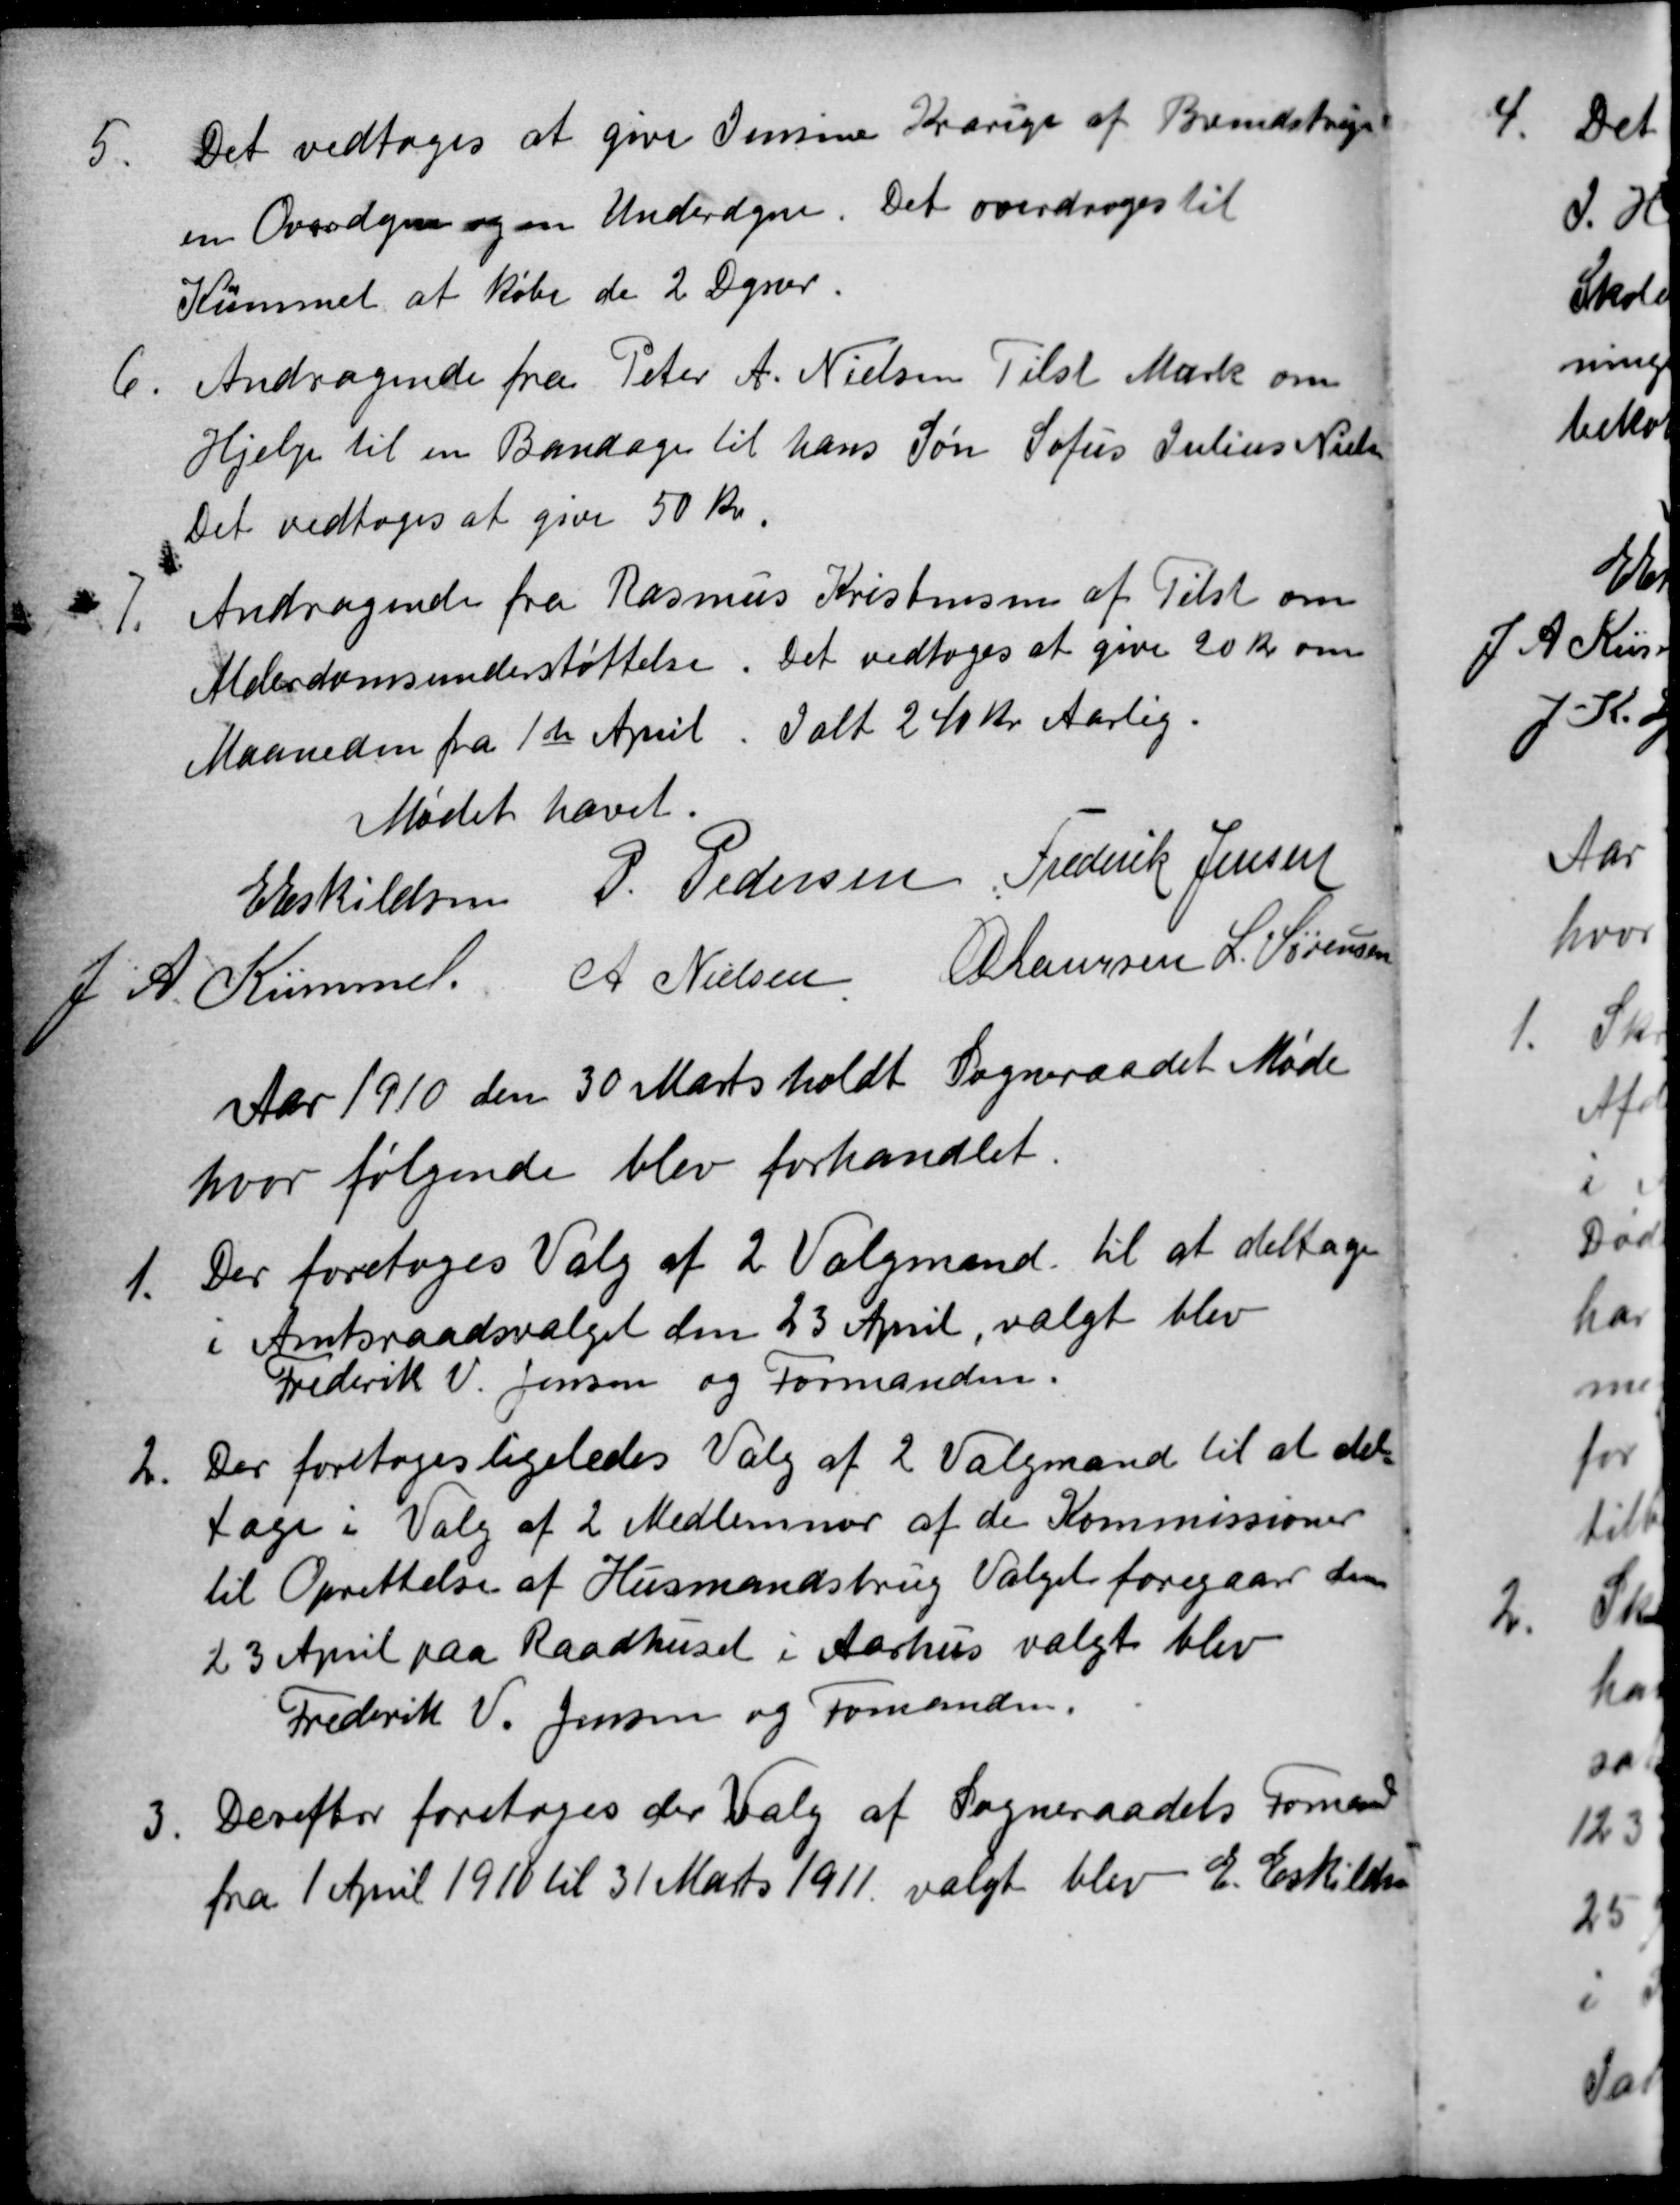
Transskription:
5
Det vedtoges at give Jensine Krarup af Brendstrup
en Overdyne og en Underdyne. Det overdroges til
Kümmel at købe de 2 Dyner.
6
Andragende fra Peter A. Nielsen Tilst Mark om
Hjelp til en Bandage til hans Søn Sofus Julius Nielsen
Det vedtoges at give 50 Kr.
7.
Andragende fra Rasmus Kristensen af Tilst om
Alderdomsunderstøttelse. Det vedtoges at give 20 Kr om
Maaneden fra 1ste April. Ialt 240 kr. Aarlig.
Mødet hævet.
E Eskildsen P. Pedersen Frederik Jensen
J. A. Kümmel. A Nielsen A Laursen L. Sørensen
Aar 1910 den 30 Marts holdt Sogneraadet Møde
hvor følgende blev forhandlet.
1.
Der foretoges Valg af 2 Valgmænd til at deltage
i Amtsraadsvalget den 23 April, valgt blev
Frederik V. Jensen og Formanden.
2
Der foretoges ligeledes Valg af 2 Valgmænd til at del-
tage i Valg af 2 Medlemmer af de Kommissioner
til Oprettelse af Husmandsbrug Valget foregaar den
23 April paa Raadhuset i Aarhus valgt blev
Frederik V. Jensen og Formanden.
3
Derefter foretoges der Valg af Sogneraadets Formand
fra 1 April 1910 til 31 Marts 1911 valgt blev E. Eskildsen